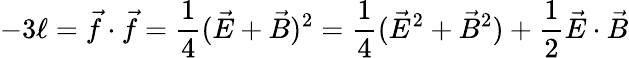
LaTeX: -3\ell=\vec{f}\cdot\vec{f}=\frac{1}{4}(\vec{E}+\vec{B})^{2}=\frac{1}{4}(\vec{E}^{2}+\vec{B}^{2})+\frac{1}{2}\vec{E}\cdot\vec{B}